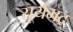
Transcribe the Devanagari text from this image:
सूर्यभद्र